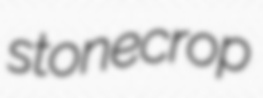
stonecrop